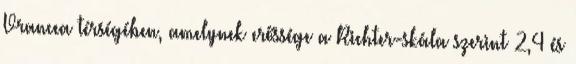
Vrancea térségében, amelynek erőssége a Richter-skála szerint 2,4 és